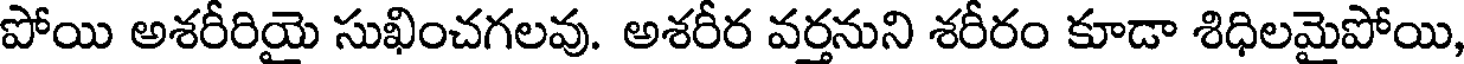
పోయి అశరీరియై సుఖించగలవు. అశరీర వర్తనుని శరీరం కూడా శిధిలమైపోయి,